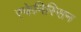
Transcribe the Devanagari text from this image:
स्फेनिस्सिन